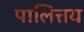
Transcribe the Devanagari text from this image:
पालित्तय